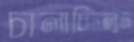
চালাচ্ছিলুম